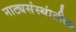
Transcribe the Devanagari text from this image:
नाट्यसंस्थांतील